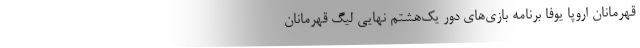
قهرمانان اروپا یوفا برنامه بازی‌های دور یک‌هشتم نهایی لیگ قهرمانان